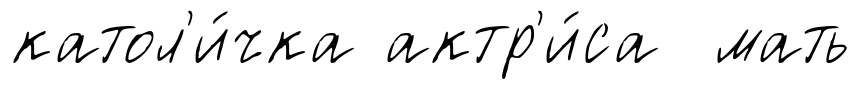
катол'и́чка актр'и́са мать